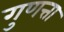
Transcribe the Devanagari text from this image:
गुणत्ता